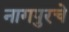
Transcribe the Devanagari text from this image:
नागपुरचे